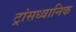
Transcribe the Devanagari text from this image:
ट्रांसध्वानिक